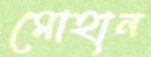
মোহান